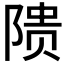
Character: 𬯎